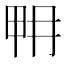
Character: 𤱋